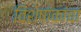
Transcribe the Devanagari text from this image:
विशेषांकांचा